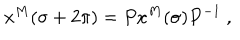
LaTeX: x ^ { M } ( \sigma + 2 \pi ) = P x ^ { M } ( \sigma ) P ^ { - 1 } ~ ,